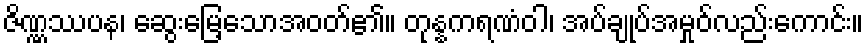
ဇိဏ္ဏဿပန၊ ဆွေးမြေ့သောအဝတ်၏။ တုန္နကရဏံဝါ၊ အပ်ချုပ်အမှုဝ်လည်းကောင်း။